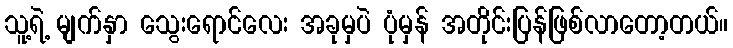
သူ့ရဲ့ မျက်နှာ သွေးရောင်လေး အခုမှပဲ ပုံမှန် အတိုင်းပြန်ဖြစ်လာတော့တယ်။